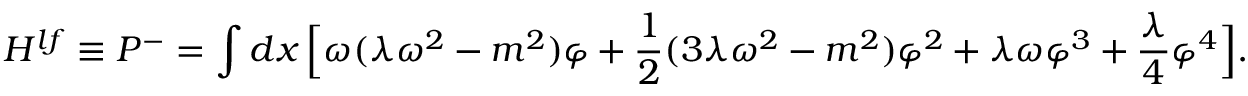
{ H ^ { l f } \equiv P ^ { - } } = \int d x \, \Bigl [ \omega ( \lambda \omega ^ { 2 } - m ^ { 2 } ) \varphi + { \frac { 1 } { 2 } } ( 3 \lambda \omega ^ { 2 } - m ^ { 2 } ) \varphi ^ { 2 } + \lambda \omega \varphi ^ { 3 } + { \frac { \lambda } { 4 } } \varphi ^ { 4 } \Bigr ] .